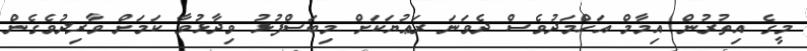
މީގެ އިތުރުން އިމާމް އަހްމަދުވެސް ދެވަނަ ރަޢުޔަކަށް މިބަސްފުޅު ވިދާޅުވާ ކަމަށް ވާރިދުވެގެން